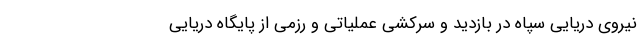
نیروی دریایی سپاه در بازدید و سرکشی عملیاتی و رزمی از پایگاه دریایی